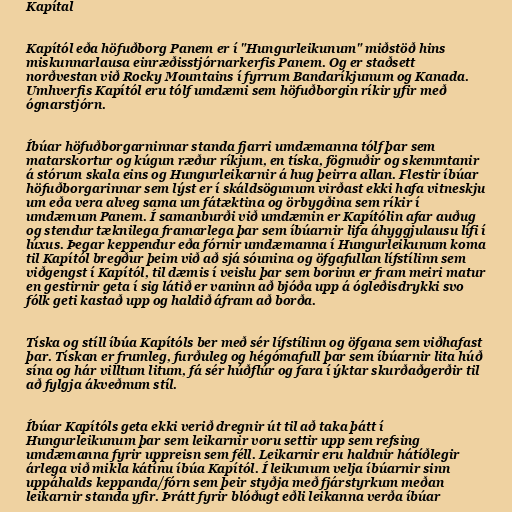
Kapítal

Kapítól eða höfuðborg Panem er í "Hungurleikunum" miðstöð hins
miskunnarlausa einræðisstjórnarkerfis Panem. Og er staðsett
norðvestan við Rocky Mountains í fyrrum Bandaríkjunum og Kanada.
Umhverfis Kapítól eru tólf umdæmi sem höfuðborgin ríkir yfir með
ógnarstjórn.

Íbúar höfuðborgarninnar standa fjarri umdæmanna tólf þar sem
matarskortur og kúgun ræður ríkjum, en tíska, fögnuðir og skemmtanir
á stórum skala eins og Hungurleikarnir á hug þeirra allan. Flestir íbúar
höfuðborgarinnar sem lýst er í skáldsögunum virðast ekki hafa vitneskju
um eða vera alveg sama um fátæktina og örbygðina sem ríkir í
umdæmum Panem. Í samanburði við umdæmin er Kapítólin afar auðug
og stendur tæknilega framarlega þar sem íbúarnir lifa áhyggjulausu lífi í
lúxus. Þegar keppendur eða fórnir umdæmanna í Hungurleikunum koma
til Kapítól bregður þeim við að sjá sóunina og öfgafullan lífstílinn sem
viðgengst í Kapítól, til dæmis í veislu þar sem borinn er fram meiri matur
en gestirnir geta í sig látið er vaninn að bjóða upp á ógleðisdrykki svo
fólk geti kastað upp og haldið áfram að borða.

Tíska og stíll íbúa Kapítóls ber með sér lífstílinn og öfgana sem viðhafast
þar. Tískan er frumleg, furðuleg og hégómafull þar sem íbúarnir lita húð
sína og hár villtum litum, fá sér húðflúr og fara í ýktar skurðaðgerðir til
að fylgja ákveðnum stíl.

Íbúar Kapítóls geta ekki verið dregnir út til að taka þátt í
Hungurleikunum þar sem leikarnir voru settir upp sem refsing
umdæmanna fyrir uppreisn sem féll. Leikarnir eru haldnir hátíðlegir
árlega við mikla kátínu íbúa Kapítól. Í leikunum velja íbúarnir sinn
uppáhalds keppanda/fórn sem þeir styðja með fjárstyrkum meðan
leikarnir standa yfir. Þrátt fyrir blóðugt eðli leikanna verða íbúar